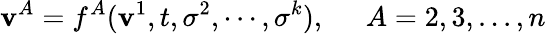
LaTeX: \mathbf{v}^{A}=f^{A}(\mathbf{v}^{1},t,\sigma^{2},\cdots,\sigma^{k}),\; \; \; \; \; A=2,3,...,n